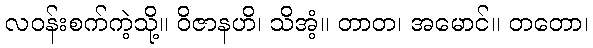
လဝန်းစက်ကဲ့သို့။ ဝိဇာနဟိ၊ သိအံ့။ တာတ၊ အမောင်။ တတော၊